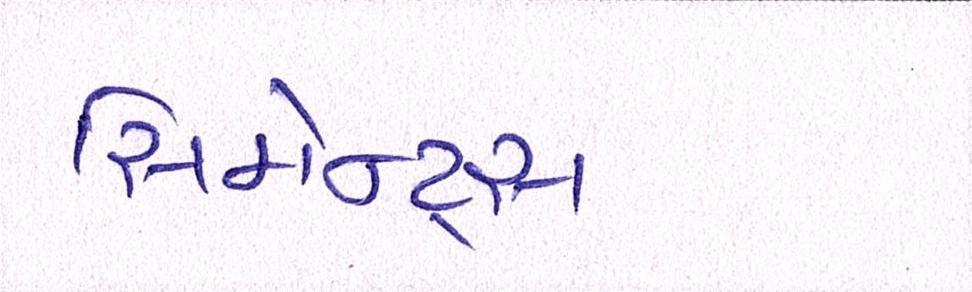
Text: સિમેન્ટ્સ